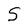
Character: S